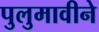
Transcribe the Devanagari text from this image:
पुलुमावीने